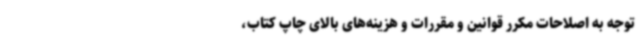
توجه به اصلاحات مکرر قوانین و مقررات و هزینه‌های بالای چاپ کتاب،